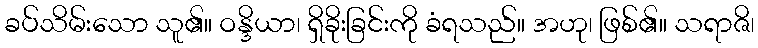
ခပ်သိမ်းသော သူ၏။ ဝန္ဒိယာ၊ ရှိခိုးခြင်းကို ခံရသည်။ အဟု၊ ဖြစ်၏။ သရာဇိ၊